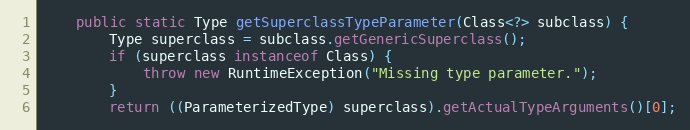
Language: Java
	public static Type getSuperclassTypeParameter(Class<?> subclass) {
		Type superclass = subclass.getGenericSuperclass();
		if (superclass instanceof Class) {
			throw new RuntimeException("Missing type parameter.");
		}
		return ((ParameterizedType) superclass).getActualTypeArguments()[0];